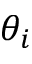
\theta _ { i }